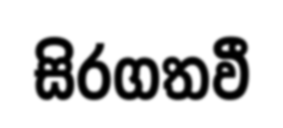
සිරගතවී